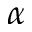
\alpha